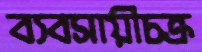
ব্যবসায়ীচক্র